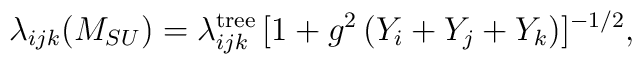
\lambda_{ijk}(M_{SU})=\lambda_{ijk}^{\rm tree}\, [1+g^2\,(Y_i+Y_j+Y_k)]^{-1/2},